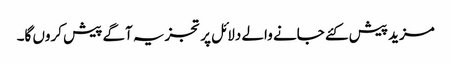
مزید پیش کئے جانے والے دلائل پر تجزیہ آگے پیش کروں گا۔